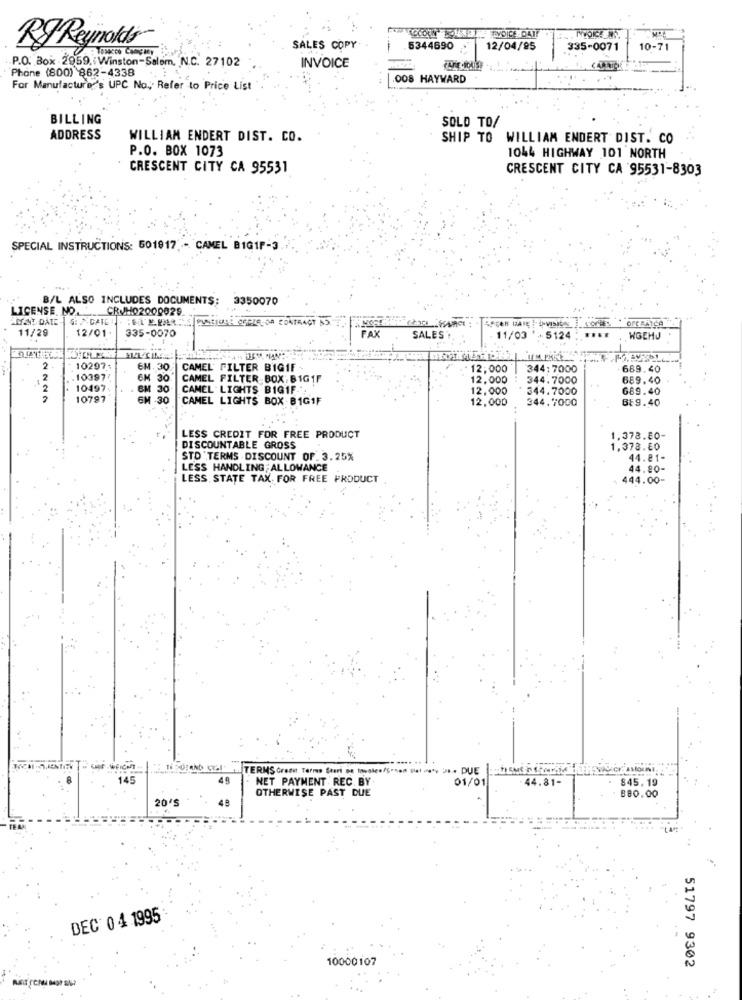
CLOWN VOICE DAIF
RJ Reynolds
SALES COPY
.5344690
12/04/95
335-0071
10-71
P.O. Box -2959, Winston-Salem, N.C. 27102
Phone (800) 862-4338
INVOICE
.OOS HAYWARD
For Manufacture 's UPC No, Refer to Price List
BILLING
SOLD TO/
ADDRESS
WILLIAM ENDERT DIST. CO.
SHIP TO WILLIAM ENDERT DIST. CO
P.O. BOX 1073
1044 HIGHWAY 101 NORTH
CRESCENT CITY CA 95531
CRESCENT CITY CA 95531-8303
SPECIAL INSTRUCTIONS: 501917, - CAMEL BIG1P-3
B/L ALSO INCLUDES DOCUMENTS:
3350070
LICENSE. NO.
CROH02000029
ESPLELOA CONTRACT NS
12/01
335-0070
11/29
FAX
SALES
11/03
5124
WGEHJ
2
10297;
6M. 30
CAMEL FILTER BIGIF
12:000
344;7000
689.40
2
103977
CAMEL FILTER BOX: BIG1F
12,000
344.7000
689.40
2
10497
CAMEL' LIGHTS BIG1F .:
12,000
344.7000
689.40
2
10787
SM 30
CAMEL LIGHTS BOX BIG1F
12.000
344.7000
639.40
LESS CREDIT FOR FREE PRODUCT
1,378.00-
DISCOUNTABLE GROSS
1,378.€0
STD' TERMS DISCOUNT OF. 3.25%
44.81-
LESS HANDLING;ALLOWANCE
44.80-
LESS STATE TAX FOR FREE PRODUCT
444.00-
TERMS Credit Terms Start De tousles/S.sen #let .*** ** . DUE
145
48
NET PAYMENT REC. BY
01/01
44.81-
$45.19
20'S
48
OTHERWISE PAST DUE
880.00
DEC 0 4 1995
10000107
51797 9302